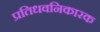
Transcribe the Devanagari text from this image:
प्रतिधवनिकारक